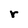
Character: r